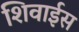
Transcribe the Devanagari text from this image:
शिवाईस